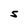
Character: S